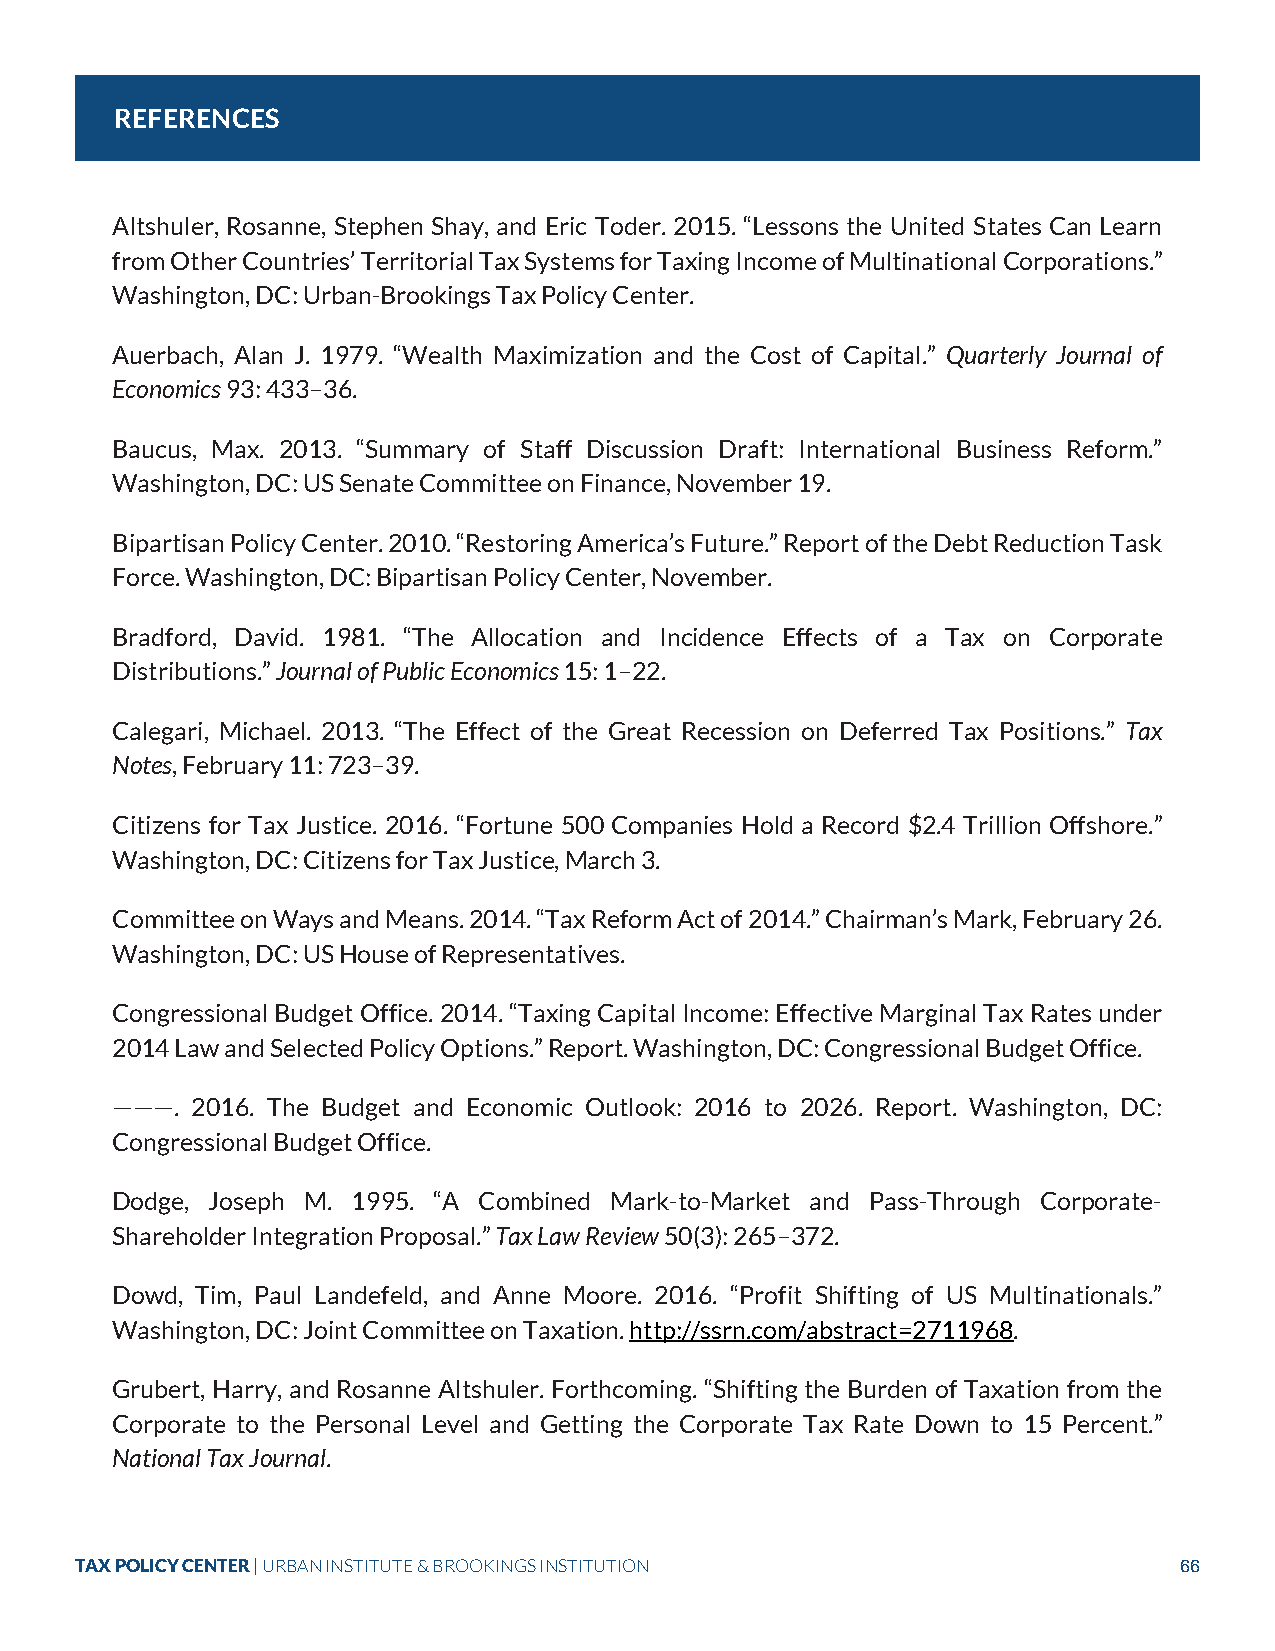
REFERENCES
 Altshuler, Rosanne, Stephen Shay, and Eric Toder. 2015. “Lessons the United States Can Learn
 from Other Countries’ Territorial Tax Systems for Taxing Income of Multinational Corporations.”
 Washington, DC: Urban-Brookings Tax Policy Center.
 Auerbach, Alan J. 1979. “Wealth Maximization and the Cost of Capital.” Quarterly Journal of
 Economics 93: 433–36.
 Baucus, Max. 2013. “Summary of Staff Discussion Draft: International Business Reform.”
 Washington, DC: US Senate Committee on Finance, November 19.
 Bipartisan Policy Center. 2010. “Restoring America’s Future.” Report of the Debt Reduction Task
 Force. Washington, DC: Bipartisan Policy Center, November.
 Bradford, David. 1981. “The Allocation and Incidence Effects of a Tax on Corporate
 Distributions.” Journal of Public Economics 15: 1–22.
 Calegari, Michael. 2013. “The Effect of the Great Recession on Deferred Tax Positions.” Tax
 Notes, February 11: 723–39.
 Citizens for Tax Justice. 2016. “Fortune 500 Companies Hold a Record $2.4 Trillion Offshore.”
 Washington, DC: Citizens for Tax Justice, March 3.
 Committee on Ways and Means. 2014. “Tax Reform Act of 2014.” Chairman’s Mark, February 26.
 Washington, DC: US House of Representatives.
 Congressional Budget Office. 2014. “Taxing Capital Income: Effective Marginal Tax Rates under
 2014 Law and Selected Policy Options.” Report. Washington, DC: Congressional Budget Office.
 ———.  2016. The Budget and Economic Outlook: 2016 to 2026. Report. Washington, DC:
 Congressional Budget Office.
 Dodge, Joseph M. 1995. “A Combined Mark-to-Market and Pass-Through Corporate-
 Shareholder Integration Proposal.” Tax Law Review 50(3): 265–372.
 Dowd, Tim, Paul Landefeld, and Anne Moore. 2016. “Profit Shifting of US Multinationals.”
 Washington, DC: Joint Committee on Taxation. http://ssrn.com/abstract=2711968.
 Grubert, Harry, and Rosanne Altshuler. Forthcoming. “Shifting the Burden of Taxation from the
 Corporate to the Personal Level and Getting the Corporate Tax Rate Down to 15 Percent.”
 National Tax Journal.
 TAX POLICY CENTER | URBAN INSTITUTE & BROOKINGS INSTITUTION              66